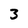
Character: 3